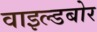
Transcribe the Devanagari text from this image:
वाइल्डबोर